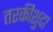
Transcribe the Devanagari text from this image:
तरकीशुदा